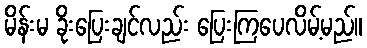
မိန်းမ ခိုးပြေးချင်လည်း ပြေးကြပေလိမ့်မည်။